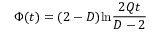
\Phi ( t ) = ( 2 - D ) \mathrm { l n } \frac { 2 Q t } { D - 2 }